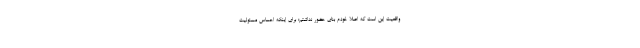
واقعیت این است که اصلا خودم بنای حضور نداشتم؛ برای اینکه احساس مسئولیت